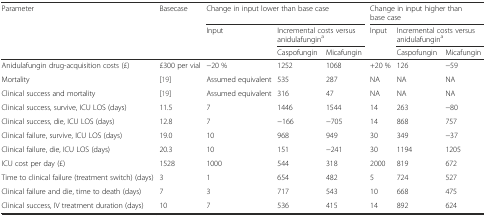
<table><thead><tr><td rowspan="3"><b>Parameter</b></td><td rowspan="3"><b>Basecase</b></td><td colspan="3"><b>Change in input lower than base case</b></td><td colspan="3"><b>Change in input higher than base case</b></td></tr><tr><td rowspan="2"><b>Input</b></td><td colspan="2"><b>Incremental costs versus anidulafungin<sup>a</sup></b></td><td rowspan="2"><b>Input</b></td><td colspan="2"><b>Incremental costs versus anidulafungin<sup>a</sup></b></td></tr><tr><td><b>Caspofungin</b></td><td><b>Micafungin</b></td><td><b>Caspofungin</b></td><td><b>Micafungin</b></td></tr></thead><tbody><tr><td>Anidulafungin drug-acquisition costs (£)</td><td>£300 per vial</td><td>−20 %</td><td>1252</td><td>1068</td><td>+20 %</td><td>126</td><td>−59</td></tr><tr><td>Mortality</td><td>[19]</td><td>Assumed equivalent</td><td>535</td><td>287</td><td>NA</td><td>NA</td><td>NA</td></tr><tr><td>Clinical success and mortality</td><td>[19]</td><td>Assumed equivalent</td><td>316</td><td>47</td><td>NA</td><td>NA</td><td>NA</td></tr><tr><td>Clinical success, survive, ICU LOS (days)</td><td>11.5</td><td>7</td><td>1446</td><td>1544</td><td>14</td><td>263</td><td>−80</td></tr><tr><td>Clinical success, die, ICU LOS (days)</td><td>12.8</td><td>7</td><td>−166</td><td>−705</td><td>14</td><td>868</td><td>757</td></tr><tr><td>Clinical failure, survive, ICU LOS (days)</td><td>19.0</td><td>10</td><td>968</td><td>949</td><td>30</td><td>349</td><td>−37</td></tr><tr><td>Clinical failure, die, ICU LOS (days)</td><td>20.3</td><td>10</td><td>151</td><td>−241</td><td>30</td><td>1194</td><td>1205</td></tr><tr><td>ICU cost per day (£)</td><td>1528</td><td>1000</td><td>544</td><td>318</td><td>2000</td><td>819</td><td>672</td></tr><tr><td>Time to clinical failure (treatment switch) (days)</td><td>3</td><td>1</td><td>654</td><td>482</td><td>5</td><td>724</td><td>527</td></tr><tr><td>Clinical failure and die, time to death (days)</td><td>7</td><td>3</td><td>717</td><td>543</td><td>10</td><td>668</td><td>475</td></tr><tr><td>Clinical success, IV treatment duration (days)</td><td>10</td><td>7</td><td>536</td><td>415</td><td>14</td><td>892</td><td>624</td></tr></tbody></table>